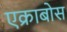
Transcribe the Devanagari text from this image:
एक्राबोस